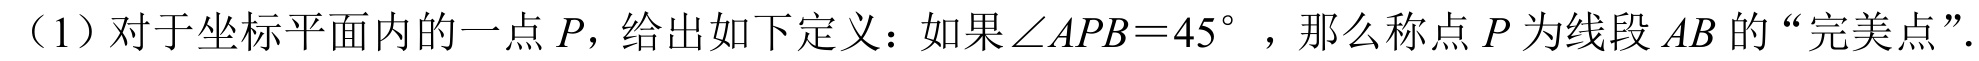
（1）对于坐标平面内的一点\(P\)，给出如下定义：如果\(\angle APB = 45^{\circ}\) ，那么称点\(P\)为线段\(AB\)的“完美点”.